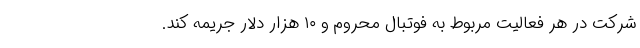
شرکت در هر فعالیت مربوط به فوتبال محروم و ۱۰ هزار دلار جریمه کند.